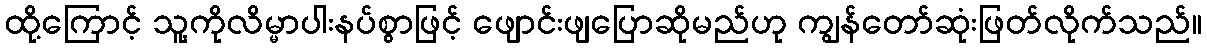
ထို့ကြောင့် သူ့ကိုလိမ္မာပါးနပ်စွာဖြင့် ဖျောင်းဖျပြောဆိုမည်ဟု ကျွန်တော်ဆုံးဖြတ်လိုက်သည်။